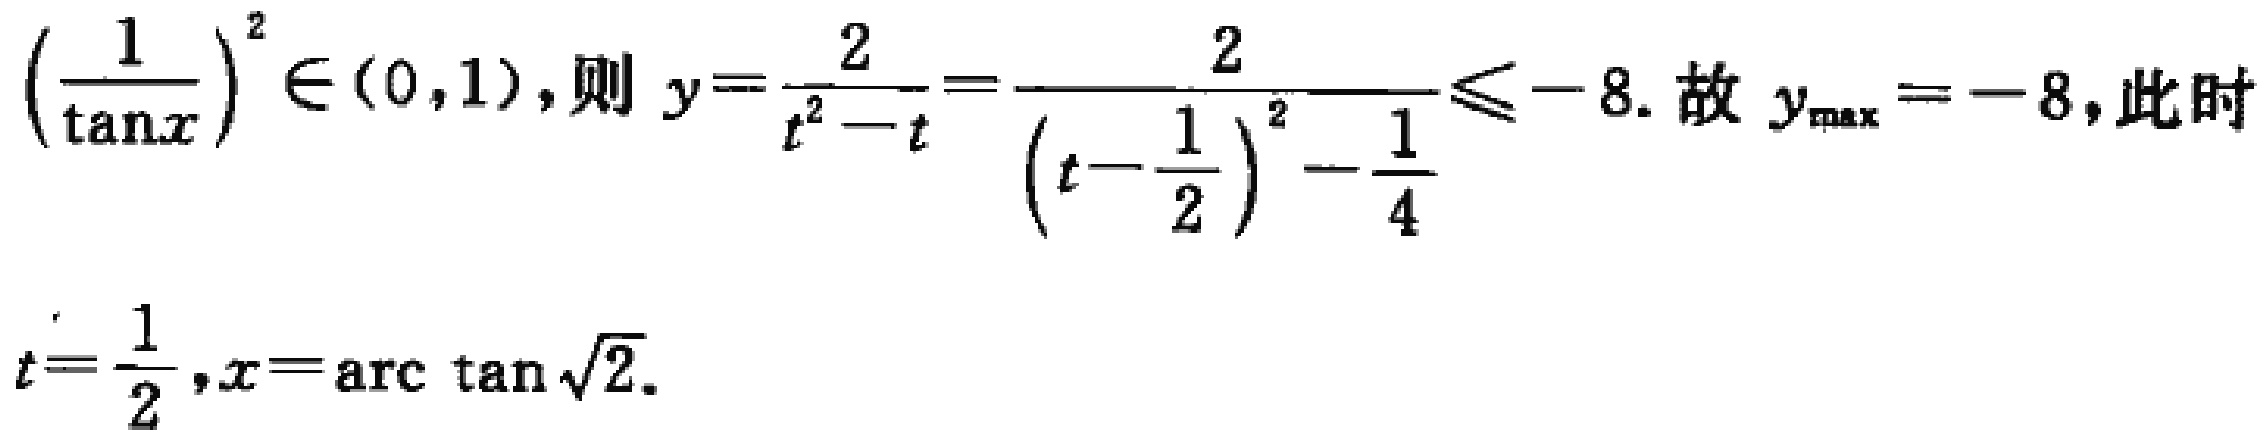
$\left(\frac{1}{\tan x}\right)^{2} \in(0,1) \text {, 则 } y=\frac{2}{t^{2}-t}=\frac{2}{\left(t-\frac{1}{2}\right)^{2}-\frac{1}{4}} \leqslant-8 \text {. 故 } y_{\max }=-8 \text {, 此时 }\\
t=\frac{1}{2}, x=\arctan \sqrt{2} \text {. }$